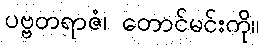
ပဗ္ဗတရာဇံ၊ တောင်မင်းကို။